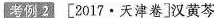
考例2 [2017·天津卷]汉黄芩